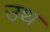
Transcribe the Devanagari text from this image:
उथ